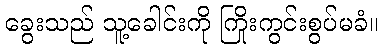
ခွေးသည် သူ့ခေါင်းကို ကြိုးကွင်းစွပ်မခံ။